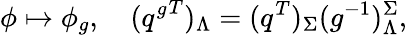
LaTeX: \phi\mapsto\phi_{g},\quad({q^{g}}^{T})_{\Lambda}=(q^{T})_{\Sigma}(g^{-1})_{\Lambda}^{\Sigma},